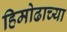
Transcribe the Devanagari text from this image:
हिमोढाच्या